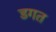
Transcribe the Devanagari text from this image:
डगत